Civil Veterinary Department. United Provinces 1932-42 - 1932-1942
Year: 1932
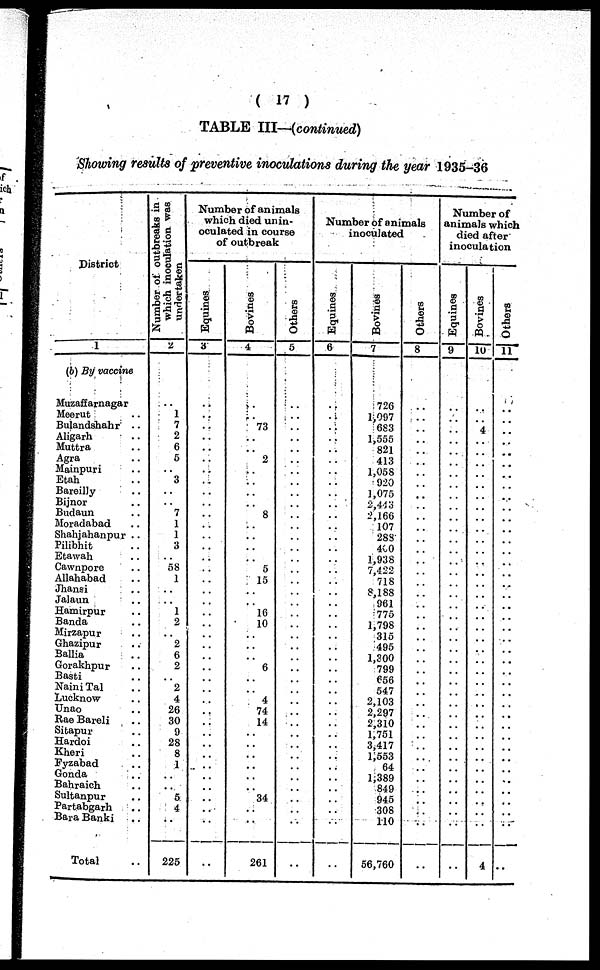
(17)
TABLE III—(continued)
Showing results of preventive inoculations during the year 1935-36
District
1
(b) By vaccine
Muzaffarnagar
Moerut ..
Bulandshahr ..
Aligarh ..
Muttra ..
Agra ..
Mainpuri ..
Etah ..
Bareilly ..
Bijnor ..
Budaun ..
Moradabad ..
Shahjahanpur ..
Pilibhit ..
Etawah ..
Cawnpore ..
Allahabad ..
Jhansi ..
Jalaun ..
Hamirpur ..
Banda ..
Mirzapur ..
Ghazipur ..
Ballia ..
Gorakhpur ..
Basti ..
Naini Tal ..
Lucknow ..
Unao ..
Rae Bareli ..
Sitapur ..
Hardoi ..
Kheri ..
Fyzabad ..
Gonda ..
Bahraich ..
Sultanpur ..
Partabgarh ..
Bara Banki ..
Total ..
Number of outbreaks in
which inoculation was
undertaken
2
..
1
7
2
6
5
..
3
..
..
7
1
1
3
..
58
1
..
..
1
2
..
2
6
2
..
2
4
26
30
9
28
8
1
..
..
5
4
..
225
Number of animals
which died unin-
oculated in course
of outbreak
Equines
3
..
..
..
..
..
..
..
..
..
..
..
..
..
..
..
..
..
..
..
..
..
..
..
..
..
..
..
..
..
..
..
..
..
..
..
..
..
..
..
..
Bovines
4
..
..
73
..
..
2
..
..
..
..
8
..
..
..
..
5
15
..
..
16
10
..
..
..
6
..
..
4
74
14
..
..
..
..
..
..
34
..
..
261
Others
5
..
..
..
..
..
..
..
..
..
..
..
..
..
..
..
..
..
..
..
..
..
..
..
..
..
..
..
..
..
..
..
..
..
..
..
..
..
..
..
..
Number of animals
inoculated
Equines
6
..
..
..
..
..
..
..
..
..
..
..
..
..
..
..
..
..
..
..
..
..
..
..
..
..
..
..
..
..
..
..
..
..
..
..
..
..
..
..
..
Bovines
7
726
1,097
683
1,555
821
413
1,058
920
1,075
2,443
2,166
107
288
400
1,938
7,422
718
8,188
961
775
1,798
315
495
1,300
799
656
547
2,103
2,297
2,310
1,751
3,417
1,553
64
1,389
849
945
308
110
56,760
Others
8
..
..
..
..
..
..
..
..
..
..
..
..
..
..
..
..
..
..
..
..
..
..
..
..
..
..
..
..
..
..
..
..
..
..
..
..
..
..
..
..
Number of
animals which
died after
inoculation
Equines
9
..
..
..
..
..
..
..
..
..
..
..
..
..
..
..
..
..
..
..
..
..
..
..
..
..
..
..
..
..
..
..
..
..
..
..
..
..
..
..
..
Bovines
10
..
..
4
..
..
..
..
..
..
..
..
..
..
..
..
..
..
..
..
..
..
..
..
..
..
..
..
..
..
..
..
..
..
..
..
..
..
..
..
4
Others
11
..
..
..
..
..
..
..
..
..
..
..
..
..
..
..
..
..
..
..
..
..
..
..
..
..
..
..
..
..
..
..
..
..
..
..
..
..
..
..
..